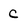
Character: C